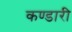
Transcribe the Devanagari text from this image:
कण्डारी